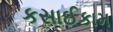
કસાઈકામ